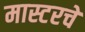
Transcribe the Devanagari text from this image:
मास्टरचे